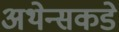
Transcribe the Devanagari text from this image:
अथेन्सकडे